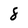
Character: 8